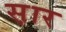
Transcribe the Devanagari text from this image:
स़ार